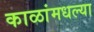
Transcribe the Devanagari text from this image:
काळांमधल्या